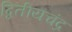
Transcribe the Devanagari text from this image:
द्वितीयचंद्र